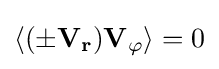
\langle \mathbf {(\pm V_{r})V_{\varphi }} \rangle =0